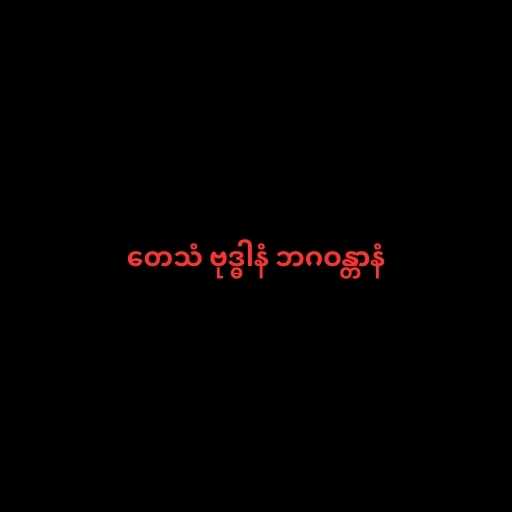
တေသံ ဗုဒ္ဓါနံ ဘဂဝန္တာနံ